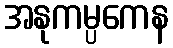
အနုကမ္ပကေန